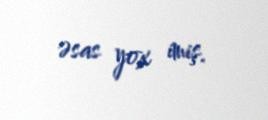
əsas yox imiş.